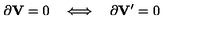
\partial { \bf V } = 0 \quad \Longleftrightarrow \quad \partial { \bf V } ^ { \prime } = 0